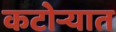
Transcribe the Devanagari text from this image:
कटोऱ्यात